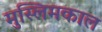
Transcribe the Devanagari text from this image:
मुस्लिमकाल